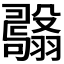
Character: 𦒫